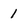
Character: 1